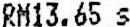
RM13.65 S